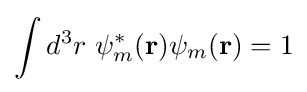
\int d^{3}r\ \psi _{m}^{*}(\mathbf {r} )\psi _{m}(\mathbf {r} )=1